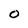
Character: 0